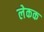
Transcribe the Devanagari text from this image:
लेकक